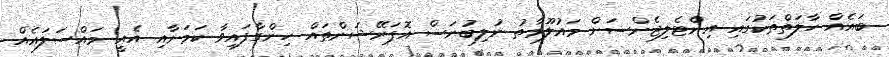
ބައެއް ހާލަތްތަކުގައި އިންޓެލިޖެންސަށް މައުލޫމާތު ނުލިބުނަސް އޮޕަރޭޝަންތައް ހިންގާފައިވާ ކަމަށާއި އެއީ މައްސަލައެއް